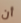
أن